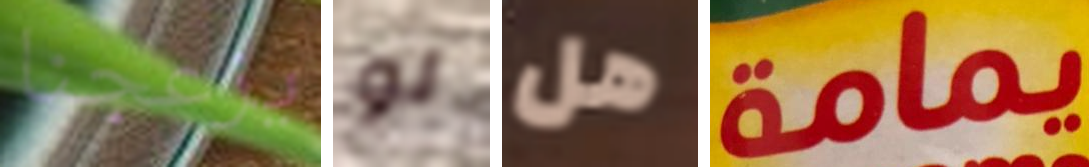
يزعجنا لو هل يمامة